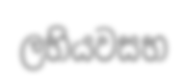
ලභියවසභ